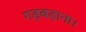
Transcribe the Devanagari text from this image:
गड़बड़ाना।